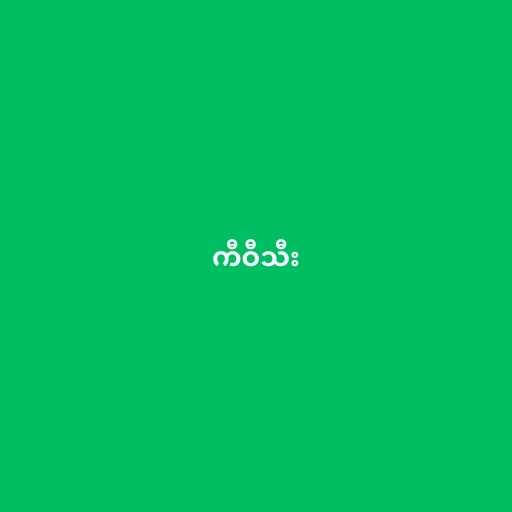
ကီဝီသီး